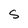
Character: S